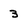
Character: 3